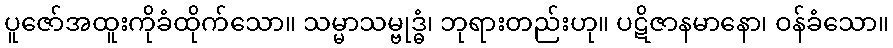
ပူဇော်အထူးကိုခံထိုက်သော။ သမ္မာသမ္ဗုဒ္ဓံ၊ ဘုရားတည်းဟု။ ပဋိဇာနမာနော၊ ဝန်ခံသော။